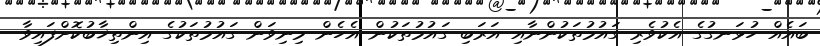
ބައެއް ހުޅަނގުގެ އެކުވެރި ގައުމުތަކުންނާއި އަރަބި ގައުމުތަކުން އެހެން މިނިވަން ގައުމުތަކުގެ އިންތިޚާބުކޮށްފައިވާ